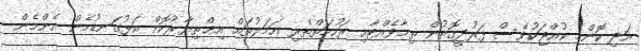
އަދި ކޮންމެ ކުއްޖަކުވެސް ފަރުދީގޮތުން ތިމާވެއްޓާއި ރަހުމަތްތެރި ޢަމަލުތައް އިޚްތިޔާރުކޮށް އަޅުގަނޑުމެން އެންމެން